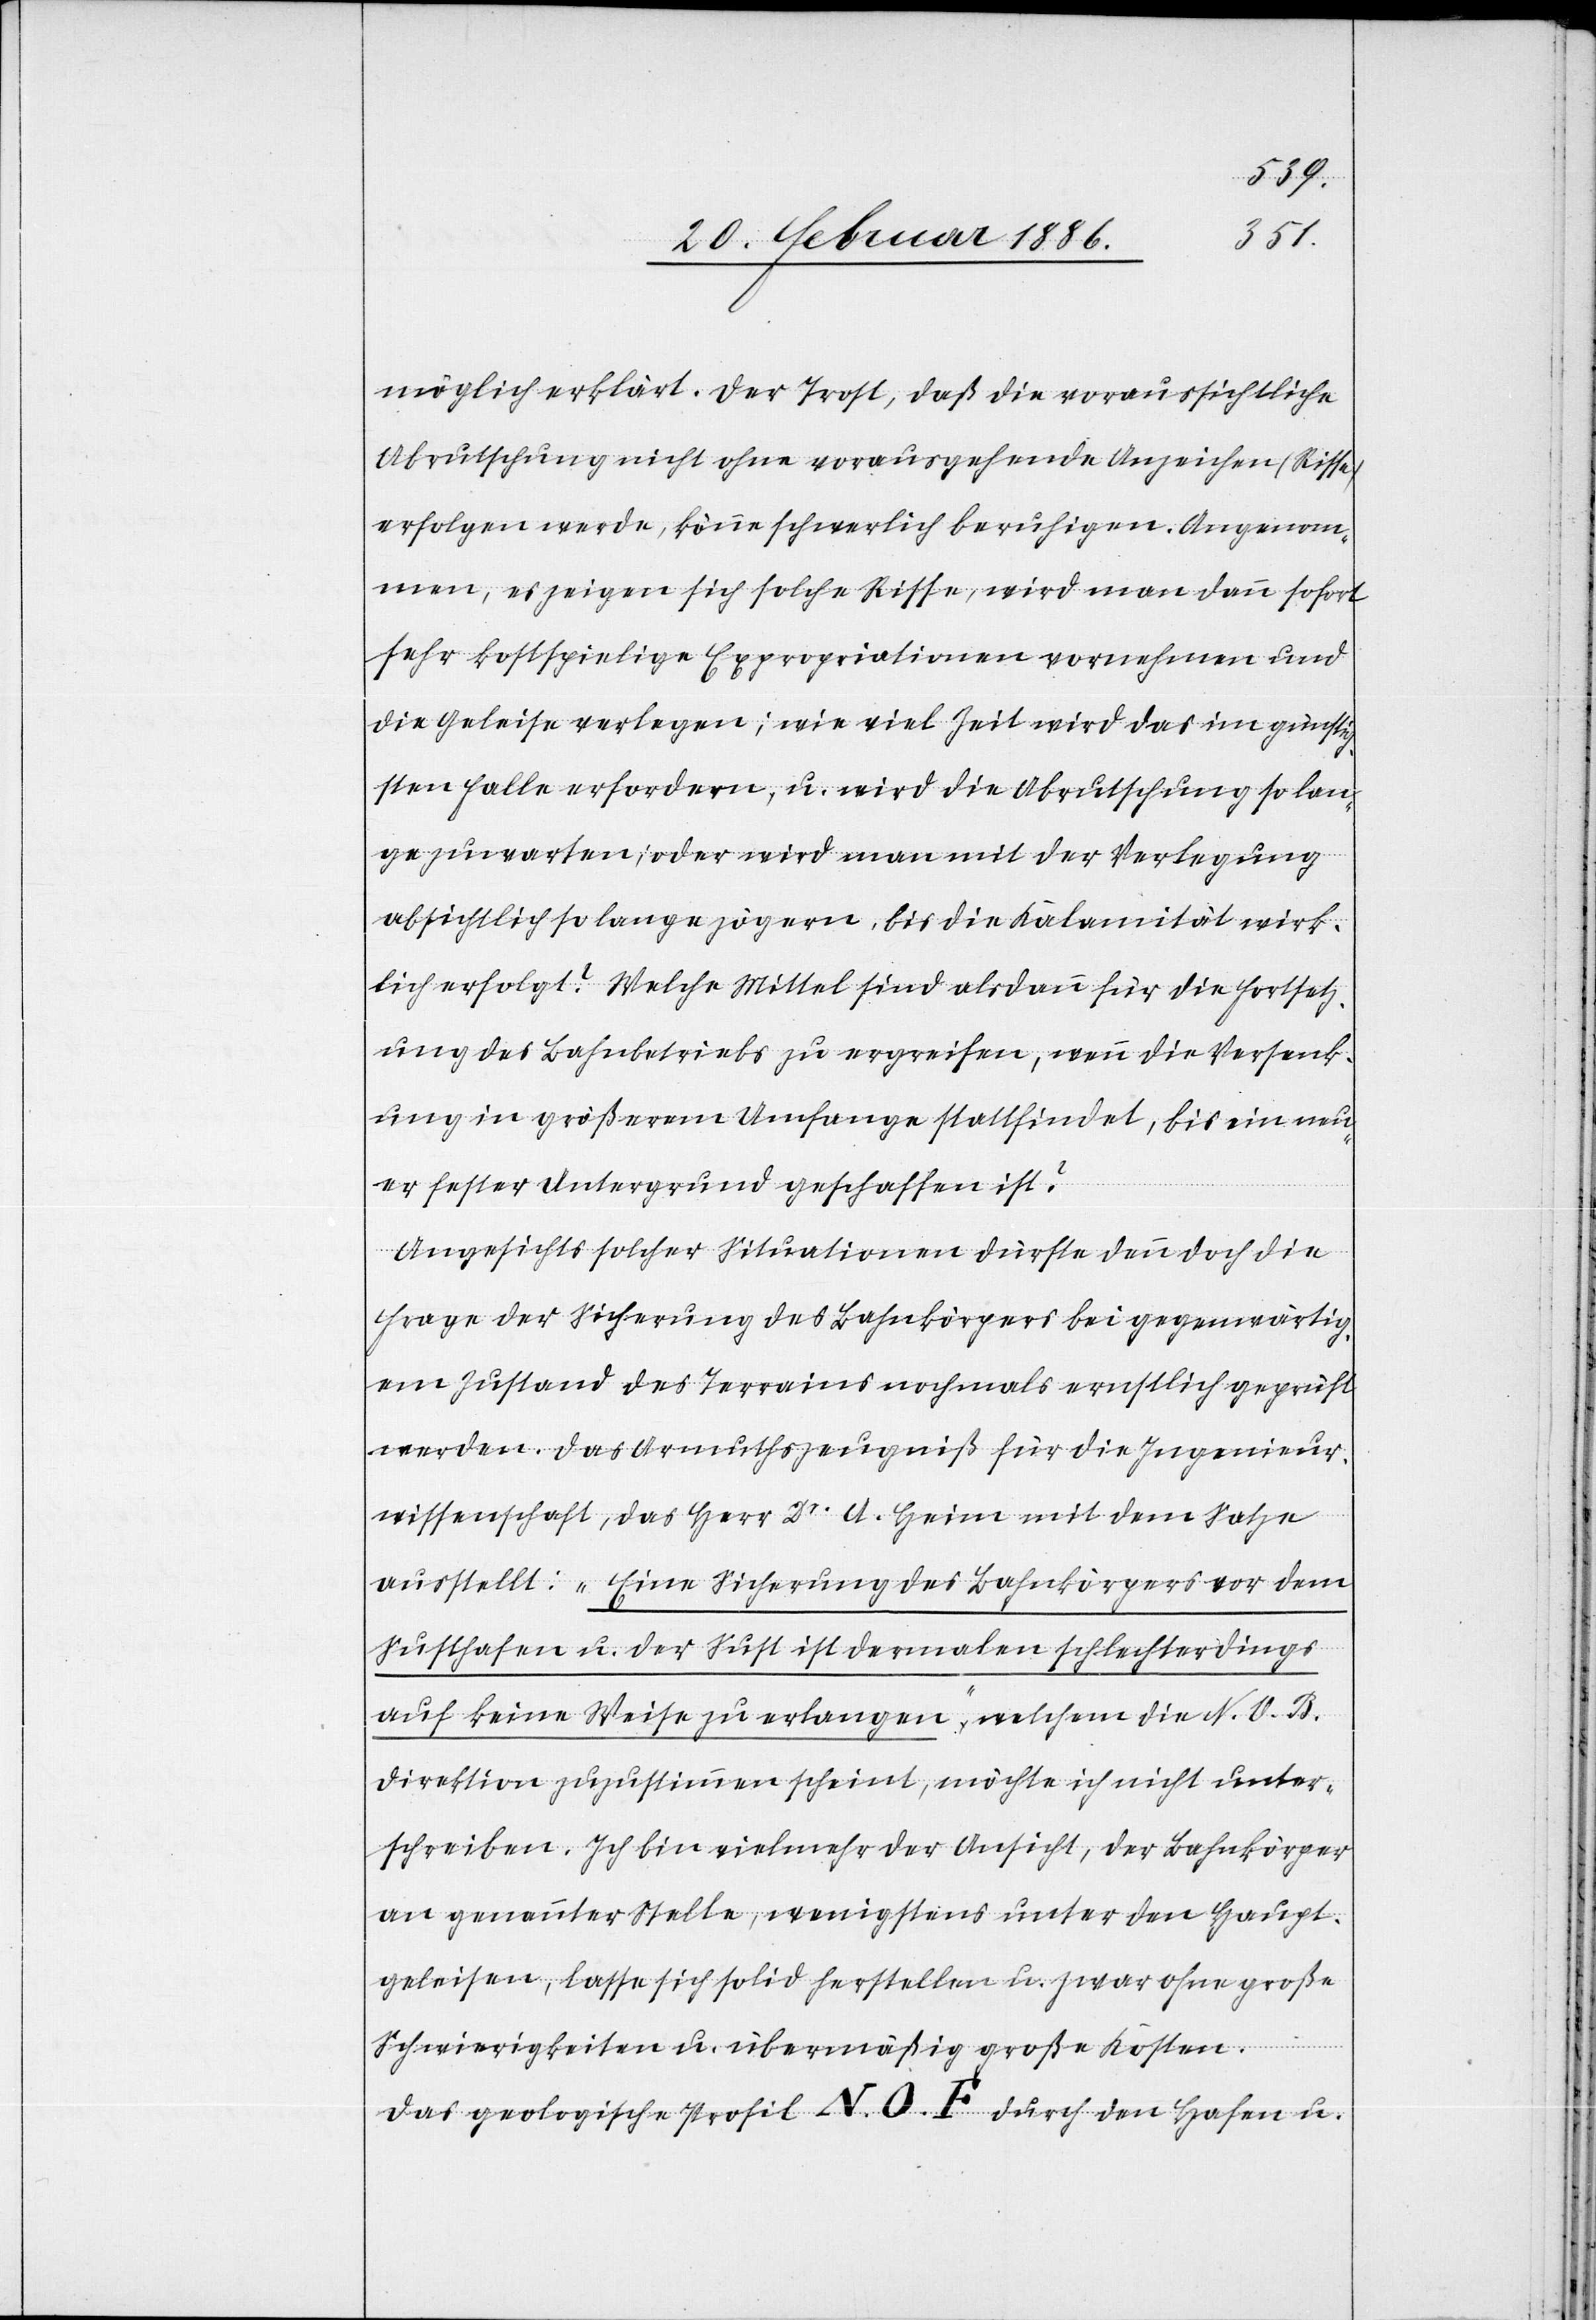
möglich erklärt. Der Trost, daß die voraussichtliche
Abrutschung nicht ohne vorausgehende Anzeichen (Risse)
erfolgen werde, könne schwerlich beruhigen. Angenom¬
men, es zeigen sich solche Risse, wird man dann sofort
sehr kostspielige Expropriationen vornehmen und
die Geleise verlegen; wie viel Zeit wird das im günstig¬
sten Falle erfordern, u. wird die Abrutschung so lan¬
ge zuwarten; oder wird man mit der Verlegung
absichtlich lange zögern, bis die Kalamität wirk¬
lich erfolgt? Welche Mittel sind alsdann für die Fortsetz¬
ung des Bahnbetriebes zu ergreifen, wenn die Versenk¬
ung in größerem Umfange stattfindet, bis ein neu¬
er fester Untergrund geschaffen ist?
Angesichts solcher Situationen dürfte dann doch die
Frage der Sicherung des Bahnkörpers bei gegenwärtig¬
em Zustand des Terrains nochmals ernstlich geprüft
werden. Das Armuthszeugniß für die Ingenieur¬
wissenschaft, das Herr Dr. A. Heim mit dem Satze
ausstellt: „Eine Sicherung des Bahnkörpers vor dem
Susthafen u. der Sust ist dermalen schlechterdings
auf keine Weise zu erlangen“, welchem die N. O. B.
Direktion zuzustimmen scheint, möchte ich nicht unter¬
schreiben. Ich bin vielmehr der Ansicht, der Bahnkörper
an genannter Stelle, wenigstens unter den Haupt¬
gleisen, lasse sich solid erstellen u. zwar ohne große
Schwierigkeiten u. übermäßig große Kosten.
Das geologische Profil N. O. F. durch den Hafen u.